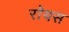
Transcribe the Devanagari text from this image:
राॅयस